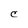
Character: C